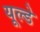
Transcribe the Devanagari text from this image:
यूल्डे